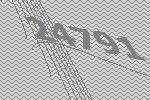
24791